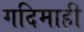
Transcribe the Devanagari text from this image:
गदिमाही